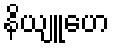
နိယျူဟေ